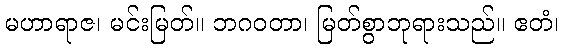
မဟာရာဇ၊ မင်းမြတ်။ ဘဂဝတာ၊ မြတ်စွာဘုရားသည်။ ဧတံ၊